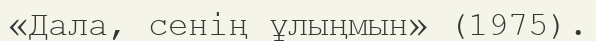
«Дала, сенің ұлыңмын» (1975).